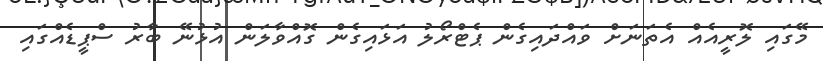
މޭގައި ލޮރީއެއް އެތަނަށް ވައްދައިގެން ޕެޓްރޯލު އަޅައިގެން ގޮއްވާލަން އުޅުނޭ ބާރު ސްޕީޑެއްގައި